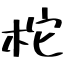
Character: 柁